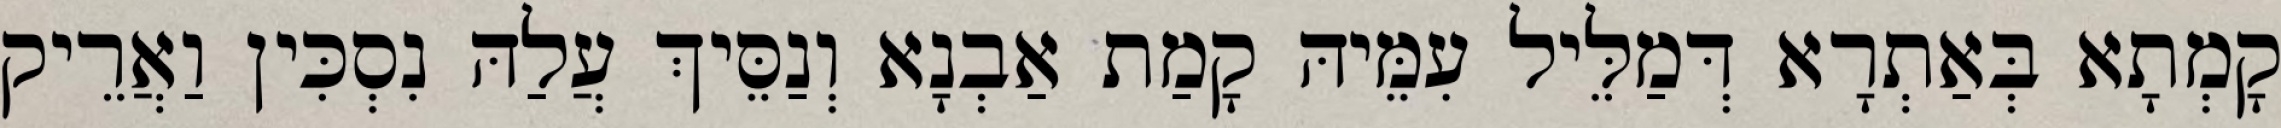
קָמְתָא בְּאַתְרָא דְּמַלֵּיל עִמֵּיהּ קָמַת אַבְנָא וְנַסֵּיךְ עֲלַהּ נִסְכִּין וַאֲרֵיק